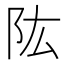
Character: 䧀